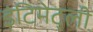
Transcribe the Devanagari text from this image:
इंटिमेट्ली